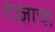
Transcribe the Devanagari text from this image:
तज्ज्ञाचा